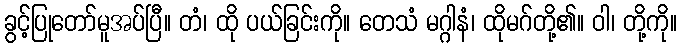
ခွင့်ပြုတော်မူအပ်ပြီ။ တံ၊ ထို ပယ်ခြင်းကို။ တေသံ မဂ္ဂါနံ၊ ထိုမဂ်တို့၏။ ဝါ၊ တို့ကို။